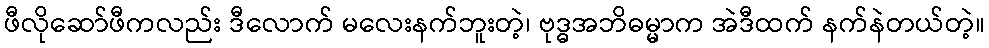
ဖီလိုဆော်ဖီကလည်း ဒီလောက် မလေးနက်ဘူးတဲ့၊ ဗုဒ္ဓအဘိဓမ္မာက အဲဒီထက် နက်နဲတယ်တဲ့။